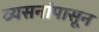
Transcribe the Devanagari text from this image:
व्यसनांपासून